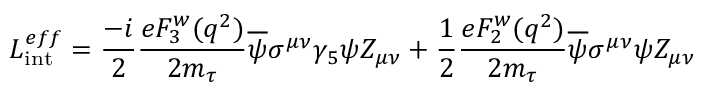
{ \cal L } _ { \mathrm { i n t } } ^ { e f f } = \frac { - i } { 2 } \frac { e { F _ { 3 } ^ { w } ( q ^ { 2 } ) } } { 2 m _ { \tau } } \overline { { { \psi } } } \sigma ^ { \mu \nu } \gamma _ { 5 } \psi Z _ { \mu \nu } + \frac { 1 } { 2 } \frac { e { F _ { 2 } ^ { w } ( q ^ { 2 } ) } } { 2 m _ { \tau } } \overline { { { \psi } } } \sigma ^ { \mu \nu } \psi Z _ { \mu \nu }